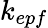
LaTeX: k_{epf}